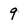
Character: 9